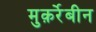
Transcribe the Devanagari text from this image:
मुक़र्रेबीन